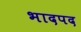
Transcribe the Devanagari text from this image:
भादपद